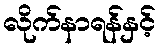
လိုက်နာရန်နှင့်